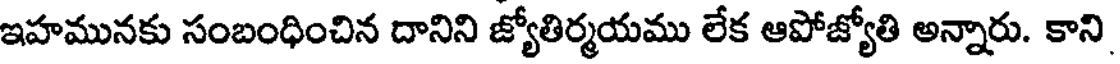
ఇహమునకు సంబంధించిన దానిని జ్యోతిర్మయము లేక ఆపోజ్యోతి అన్నారు. కాని